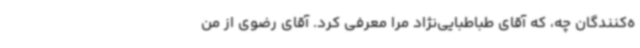
ه‌کنندگان چه، که آقای طباطبایی‌نژاد مرا معرفی کرد. آقای رضوی از من